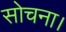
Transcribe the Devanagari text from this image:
सोचना।